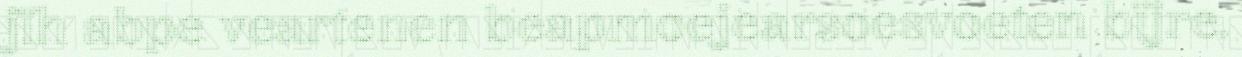
jïh abpe veartenen beapmoejearsoesvoeten bïjre.